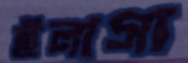
ইলাসা